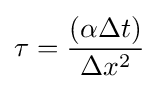
\tau ={\frac {(\alpha \Delta t)}{\Delta x^{2}}}